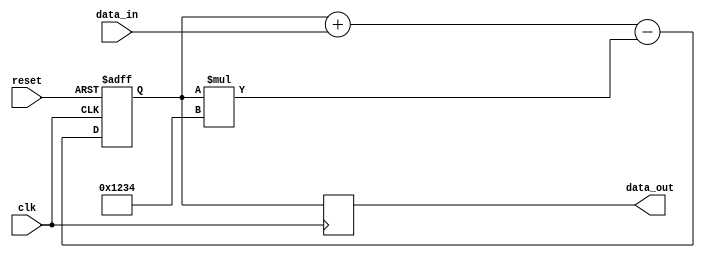
module iir_filter_accumulator (
    input clk,
    input reset,
    input signed [15:0] data_in,
    output reg signed [15:0] data_out
);

reg signed [15:0] acc;
reg [15:0] coef = 16'h1234; // Example filter coefficient

always @(posedge clk or posedge reset) begin
    if (reset) begin
        acc <= 0;
    end else begin
        acc <= acc + data_in - acc * coef;
    end
end

// Output data after filter delay
always @(posedge clk) begin
    data_out <= acc;
end

endmodule